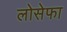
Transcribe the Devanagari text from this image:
लोसेफा